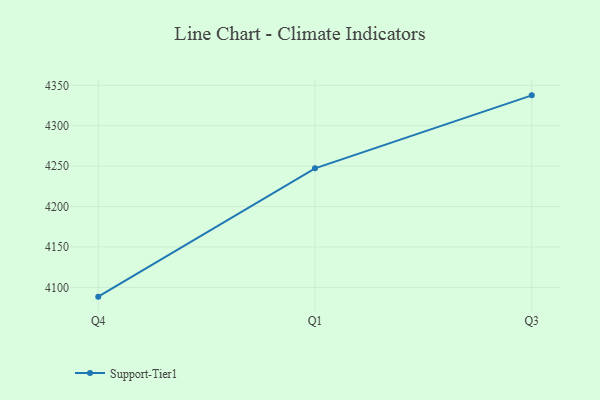
{"axis": {"x": "Quarter", "y": "Gross Profit (USD K)"}, "legend": ["Support-Tier1"], "data": [{"x": "Q4", "y": 4088.5, "type": "Support-Tier1"}, {"x": "Q1", "y": 4247.3, "type": "Support-Tier1"}, {"x": "Q3", "y": 4337.6, "type": "Support-Tier1"}]}